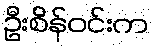
ဦးစိန်ဝင်းက